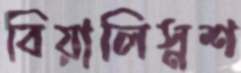
বিয়ালিস্নশ